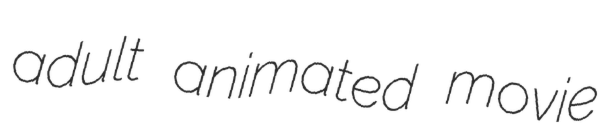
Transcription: adult animated movie